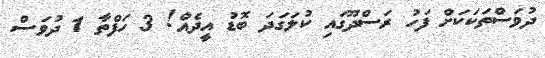
ދުވަސްތަކަކަށް ފަހު ރަސްދޫގައި ކުލަގަދަ ބޮޑު އީދެއް! 3 ހަފްތާ 1 ދުވަސް